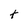
Character: t